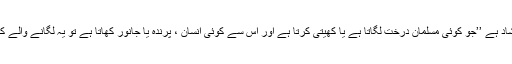
نبی کریم ﷺ کا ارشاد ہے ’’جو کوئی مسلمان درخت لگاتا ہے یا کھیتی کرتا ہے اور اس سے کوئی انسان ، پرندہ یا جانور کھاتا ہے تو یہ لگانے والے کے لئے حصہ ہے۔